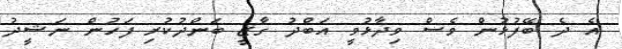
އެ ދެ ބޭފުޅުން ވެސް ވިދާޅުވީ އަބްދު ގާޒީ ބަންދުކުރި ފަހުން ނަޝީދު